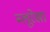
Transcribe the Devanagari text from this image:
ब्लूरेखा